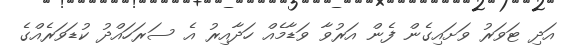
އަދި ޓަވަރު ވަށައިގެން ފެން އަރުވާ ވަޑާމެއް ހަދާއިރު އެ ސަރަހައްދު ކުޑަވަރެއްގެ